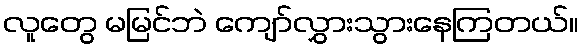
လူတွေ မမြင်ဘဲ ကျော်လွှားသွားနေကြတယ်။